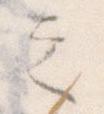
之